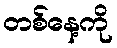
တစ်နေ့ကို